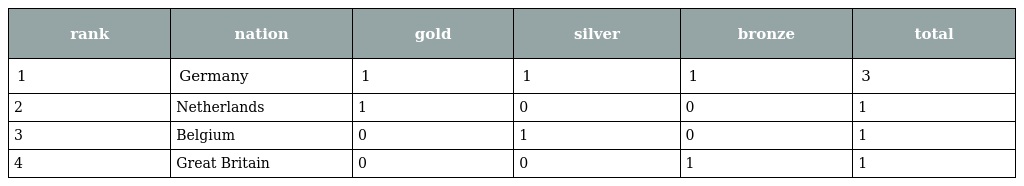
| rank | nation | gold | silver | bronze | total |
 | --- | --- | --- | --- | --- | --- |
 | 1 | Germany | 1 | 1 | 1 | 3 |
 | 2 | Netherlands | 1 | 0 | 0 | 1 |
 | 3 | Belgium | 0 | 1 | 0 | 1 |
 | 4 | Great Britain | 0 | 0 | 1 | 1 |